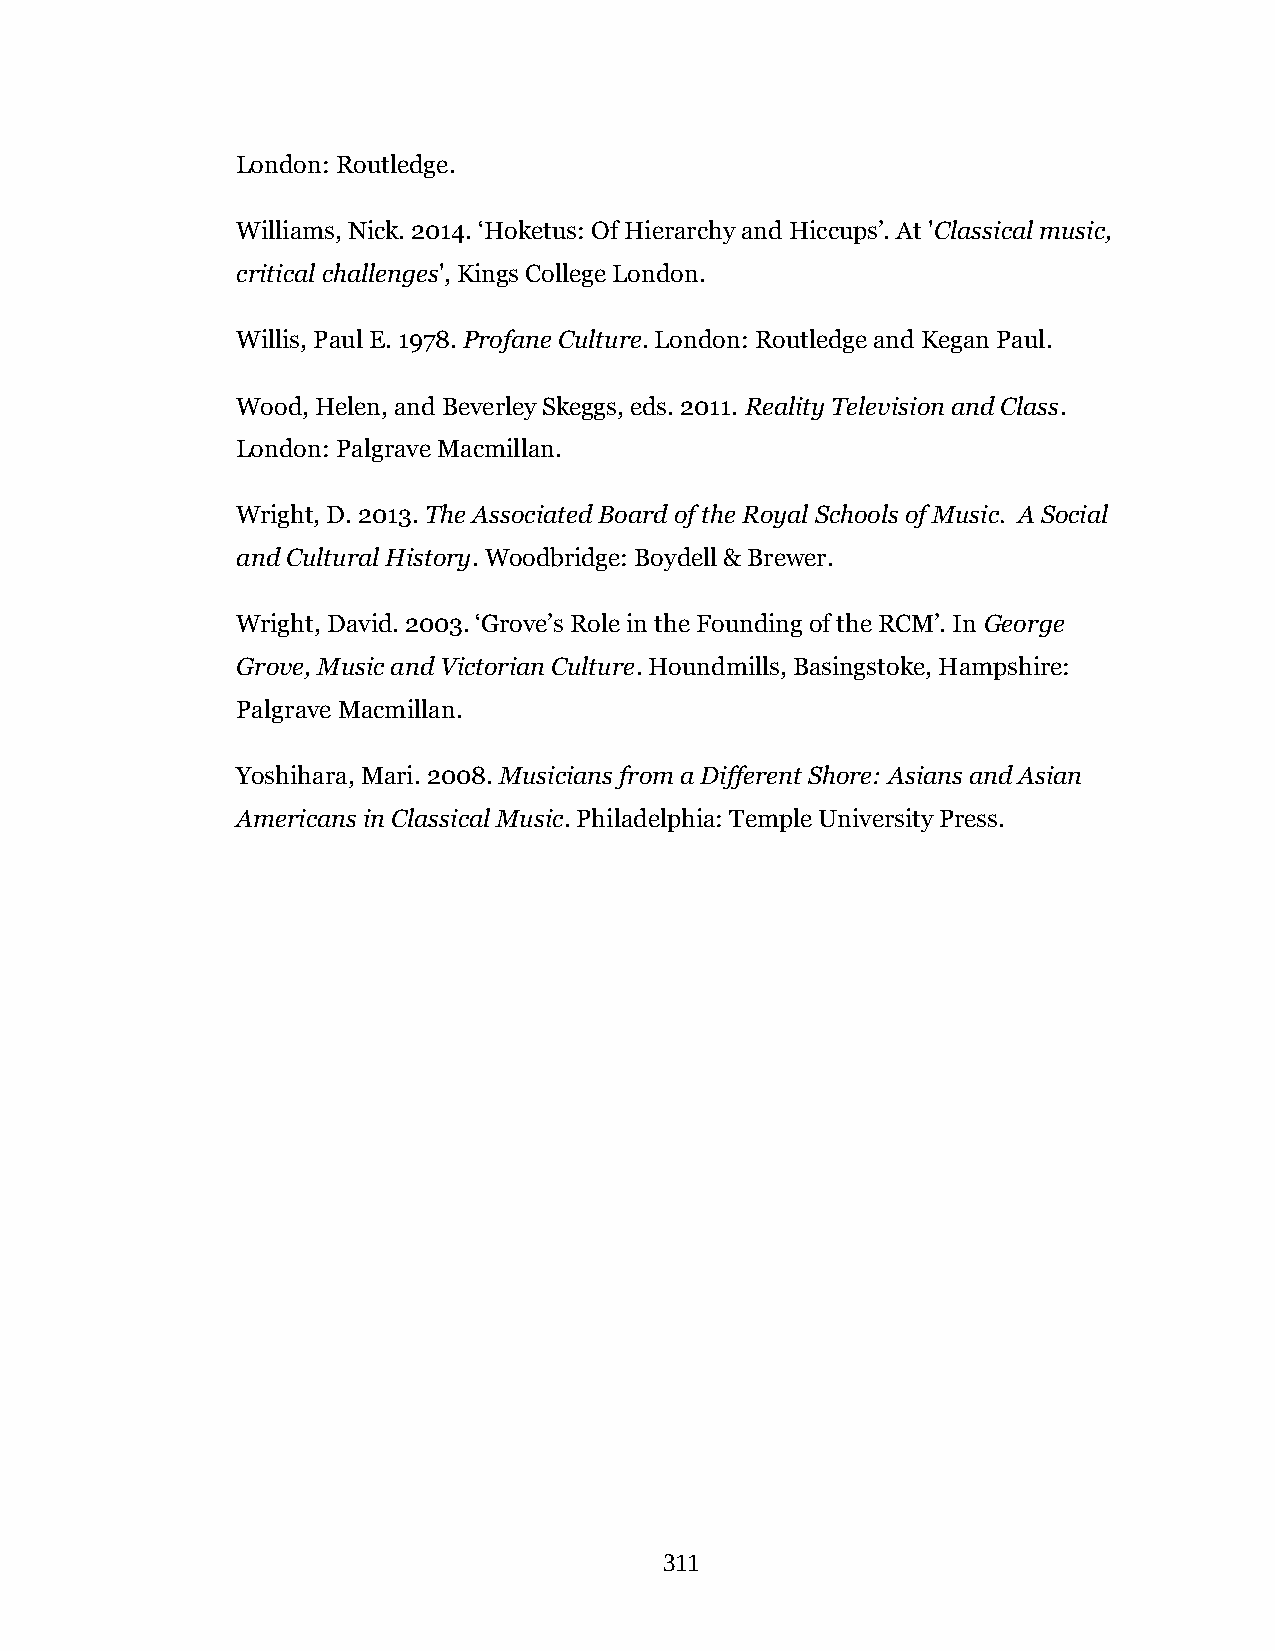
London: Routledge.
 Williams, Nick. 2014. ‘Hoketus: Of Hierarchy and Hiccups’. At 'Classical music,
 critical challenges', Kings College London.
 Willis, Paul E. 1978. Profane Culture. London: Routledge and Kegan Paul.
 Wood, Helen, and Beverley Skeggs, eds. 2011. Reality Television and Class.
 London: Palgrave Macmillan.
 Wright, D. 2013. The Associated Board of the Royal Schools of Music. A Social
 and Cultural History. Woodbridge: Boydell & Brewer.
 Wright, David. 2003. ‘Grove’s Role in the Founding of the RCM’. In George
 Grove, Music and Victorian Culture. Houndmills, Basingstoke, Hampshire:
 Palgrave Macmillan.
 Yoshihara, Mari. 2008. Musicians from a Different Shore: Asians and Asian
 Americans in Classical Music. Philadelphia: Temple University Press.
 311